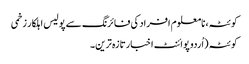
کوئٹہ، نامعلوم افراد کی فائرنگ سے پولیس اہلکار زخمی
کوئٹہ (اُردو پوائنٹ اخبارتازہ ترین۔